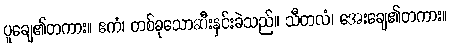
ပူချေ၏တကား။ ဧကံ၊ တစ်ခုသောဆီးနှင်းခဲသည်။ သီတလံ၊ အေးချေ၏တကား။